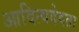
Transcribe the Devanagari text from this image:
आदित्यदेवता